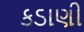
કડાણી